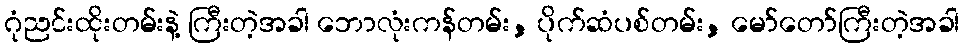
ဂုံညင်းထိုးတမ်းနဲ့ ကြီးတဲ့အခါ ဘောလုံးကန်တမ်း, ပိုက်ဆံပစ်တမ်း, မော်တော်ကြီးတဲ့အခါ